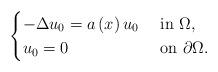
LaTeX: \begin{align*}\begin{cases}-\Delta u_{0}=a\left( x\right) u_{0} & \mbox{ in }\Omega,\\u_{0}=0 & \mbox{ on }\partial\Omega.\end{cases}\end{align*}